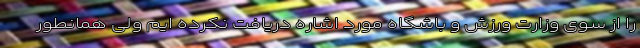
را از سوی وزارت ورزش و باشگاه مورد اشاره دریافت نکرده ایم ولی همانطور